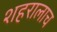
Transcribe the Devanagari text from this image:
शहरालाच